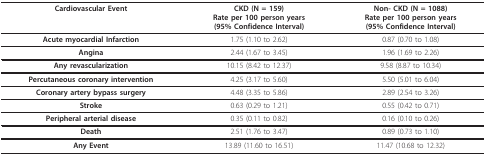
| Cardiovascular Event | CKD (N = 159)Rate per 100 person years(95% Confidence Interval) | Non- CKD (N = 1088)Rate per 100 person years(95% Confidence Interval) |
 | --- | --- | --- |
 | Acute myocardial Infarction | 1.75 (1.10 to 2.62) | 0.87 (0.70 to 1.08) |
 | Angina | 2.44 (1.67 to 3.45) | 1.96 (1.69 to 2.26) |
 | Any revascularization | 10.15 (8.42 to 12.37) | 9.58 (8.87 to 10.34) |
 | Percutaneous coronary intervention | 4.25 (3.17 to 5.60) | 5.50 (5.01 to 6.04) |
 | Coronary artery bypass surgery | 4.48 (3.35 to 5.86) | 2.89 (2.54 to 3.26) |
 | Stroke | 0.63 (0.29 to 1.21) | 0.55 (0.42 to 0.71) |
 | Peripheral arterial disease | 0.35 (0.11 to 0.82) | 0.16 (0.10 to 0.26) |
 | Death | 2.51 (1.76 to 3.47) | 0.89 (0.73 to 1.10) |
 | Any Event | 13.89 (11.60 to 16.51) | 11.47 (10.68 to 12.32) |